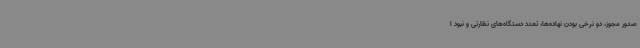
صدور مجوز، دو نرخی بودن نهاده‌ها، تعدد دستگاه‌های نظارتی و نبود ا